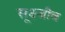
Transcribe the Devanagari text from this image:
सूक्ष्जीव